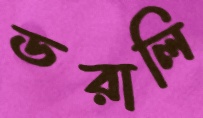
ডরালি